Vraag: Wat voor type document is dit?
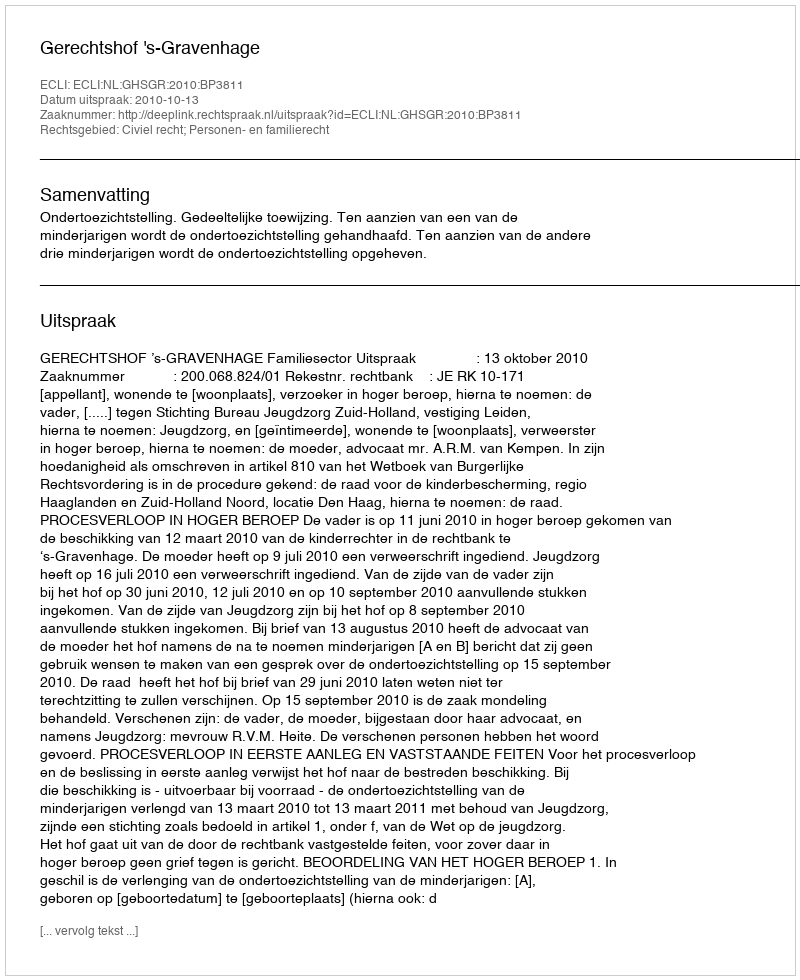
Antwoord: Uitspraak